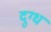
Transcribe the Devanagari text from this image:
दुग्‍ध